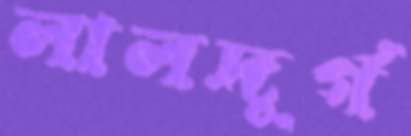
লালদুর্গ